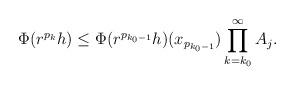
LaTeX: \begin{align*} \Phi(r^{p_k}h) \leq \Phi(r^{p_{k_0-1}}h)(x_{p_{k_0-1}})\prod_{k=k_0 }^\infty A_j.\end{align*}